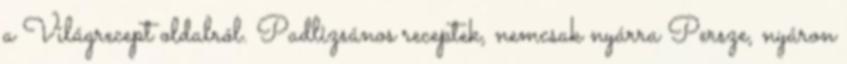
a Világrecept oldalról. Padlizsános receptek, nemcsak nyárra Persze, nyáron